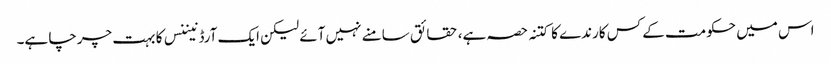
اس میں حکومت کے کس کارندے کا کتنہ حصہ ہے، حقائق سامنے نہیں آئے لیکن ایک آرڈنیننس کا بہت چرچا ہے۔